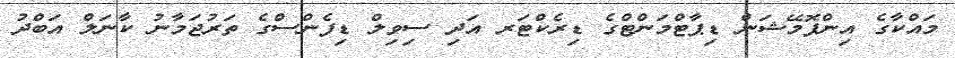
މައްކާގެ އިންފޮމޭޝަން ޑިޕާޓްމަންޓްގެ ޑިރެކްޓަރ އަދި ސިވިލް ޑިފެންސްގެ ތަރުޖަމާނު ކާނަލް އަބްދު